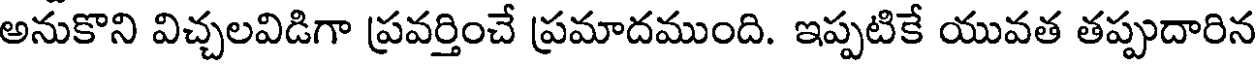
అనుకొని విచ్చలవిడిగా ప్రవర్తించే ప్రమాదముంది. ఇప్పటికే యువత తప్పుదారిన